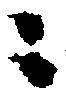
ニ